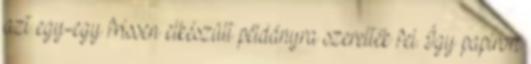
azt egy-egy frissen elkészült példányra szerelték fel. Így papíron